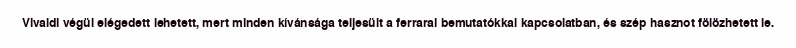
Vivaldi végül elégedett lehetett, mert minden kívánsága teljesült a ferrarai bemutatókkal kapcsolatban, és szép hasznot fölözhetett le.